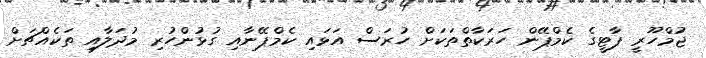
ޖުމްހޫރީ ޕާޓީގެ ކެމްޕޭން ހަރަކާތްތަކަށް ހުރަސް އަޅައި ކެމްޕޭނާއި ގުޅުންހުރި މުދަލާއި ތަކެއްޗަށް